Report of the Indian Hemp Drugs Commission, 1894-1895 - Volume VI
Year: 1894
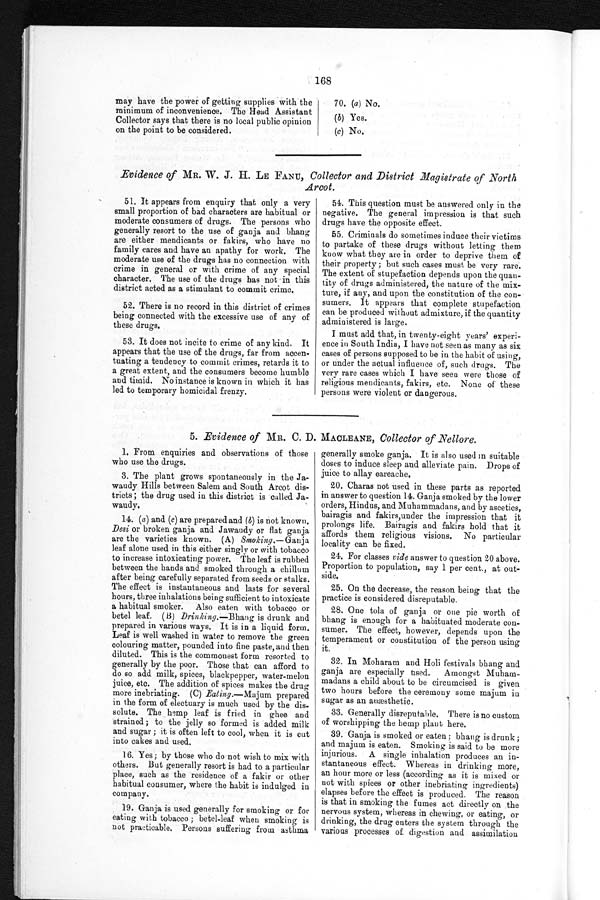
168
may have the power of getting supplies with the
minimum of inconvenience. The Head Assistant
Collector says that there is no local public opinion
on the point to be considered.
70. (a) No.
(b) Yes.
(c) No.
Evidence of MR. W. J. H. LE FANu, Collector and District Magistrate of North
Arcot.
51. It appears from enquiry that only a very
small proportion of bad characters are habitual or
moderate consumers of drugs. The persons who
generally resort to the use of ganja and bhang
are either mendicants or fakirs, who have no
family cares and have an apathy for work. The
moderate use of the drugs has no connection with
crime in general or with crime of any special
character. The use of the drugs has not in this
district acted as a stimulant to commit crime.
52. There is no record in this district of crimes
being connected with the excessive use of any of
these drugs.
53. It does not incite to crime of any kind. It
appears that the use of the drugs, far from accen-
tuating a tendency to commit crimes, retards it to
a great extent, and the consumers become humble
and timid. No instance is known in which it has
led to temporary homicidal frenzy.
54. This question must be answered only in the
negative. The general impression is that such
drugs have the opposite effect.
55. Criminals do sometimes induce their victims
to partake of these drugs without letting them
know what they are in order to deprive them of
their property ; but such cases must be very rare.
The extent of stupefaction depends upon the quan-
tity of drugs administered, the nature of the mix-
ture, if any, and upon the constitution of the con-
sumers. It appears that complete stupefaction
can be produced without admixture, if the quantity
administered is large.
I must add that, in twenty-eight years' experi-
ence in South India, I have not seen as many as six
cases of persons supposed to be in the habit of using,
or under the actual influence of, such drugs. The
very rare cases which I have seen were those of
religious mendicants, fakirs, etc. None of these
persons were violent or dangerous.
5. Evidence of MR. C. B. MACLEANE, Collector of Nellore.
1. From enquiries and observations of those
who use the drugs.
3. The plant grows spontaneously in the Ja-
waudy Hills between Salem and South Arcot dis-
tricts ; the drug used in this district is called Ja-
waudy.
14. (a) and (c) are prepared and (b) is not known.
Desi or broken ganja and Jawaudy or flat ganja
are the varieties known. (A) Smoking.—Ganja
leaf alone used in this either singly or with tobacco
to increase intoxicating power. The leaf is rubbed
between the hands and smoked through a chillum
after being carefully separated from seeds or stalks.
The effect is instantaneous and lasts for several
hours, three inhalations bein g sufficient to intoxicate
a habitual smoker. Also eaten with tobacco or
betel leaf. (B) Drinking.—Bhang is drunk and
prepared in various ways. It is in a liquid form.
Leaf is well washed in water to remove the green
colouring matter, pounded into fine paste, and then
diluted. This is the commonest form resorted to
generally by the poor. Those that can afford to
do so add milk, spices, blackpepper, water-melon
juice, etc. The addition of spices makes the drug
more inebriating. (C) Eating.—Majum prepared
in the form of electuary is much used by the dis-
solute. The hemp leaf is fried in ghee and
strained ; to the jelly so formed is added milk
and sugar ; it is often left to cool, when it is cut
into cakes and used.
16. Yes ; by those who do not wish to mix with
others. But generally resort is had to a particular
place, such as the residence of a fakir or other
habitual consumer, where the habit is indulged in
company.
19. Ganja is used generally for smoking or for
eating with tobacco ; betel-leaf when smoking is
not practicable. Persons suffering from asthma
generally smoke ganja. It is also used in suitable
doses to induce sleep and alleviate pain. Drops of
juice to allay eareache.
20. Charas not used in these parts as reported
in answer to question 14. Ganja smoked by the lower
orders, Hindus, and Muhammadans, and by ascetics,
bairagis
and faki rs, unde t hei m p r e s s i o n t h a t i t
prolongs life. Bairagis and fakirs hold that it
affords them religious visions. No particular
locality can be fixed.
24. For classes vide answer to question 20 above.
Proportion to population, say 1 per cent., at out-
side.
25. On the decrease, the reason being that the
practice is considered disreputable.
28. One tola of ganja or one pie worth of
bhang is enough for a habituated moderate con-
sumer. The effect, however, depends upon the
temperament or constitution of the person using
it.
32. In Moharam and Holi festivals bhang and
ganja are especially used. Amongst Muham-
madans a child about to be circumcised is given
two hours before the ceremony some majum in
sugar as an anæsthetic.
33. Generally disreputable. There is no custom
of worshipping the hemp plant here.
39. Ganja is smoked or eaten ; bhang is drunk ;
and majum is eaten. Smoking is said to be more
injurious. A single inhalation produces an in-
stantaneous effect. Whereas in drinking more,
an hour more or less (according as it is mixed or
not with spices or other inebriationginebriatin ingredients)
elapses before the effect is produced. The reason
is that in smoking the fumes act directly on the
nervous system, whereas in chewing, or eating, or
drinking, the drug enters the system through the
various processes of digestion and assimilation